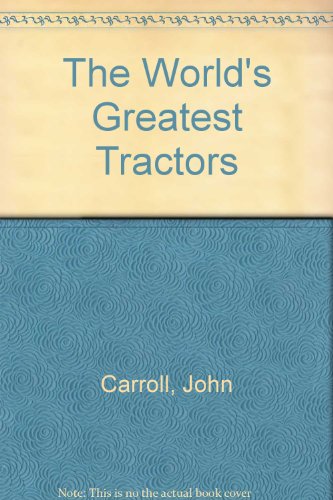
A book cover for The World's Greatest Tractors; John Carroll; Children's Books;